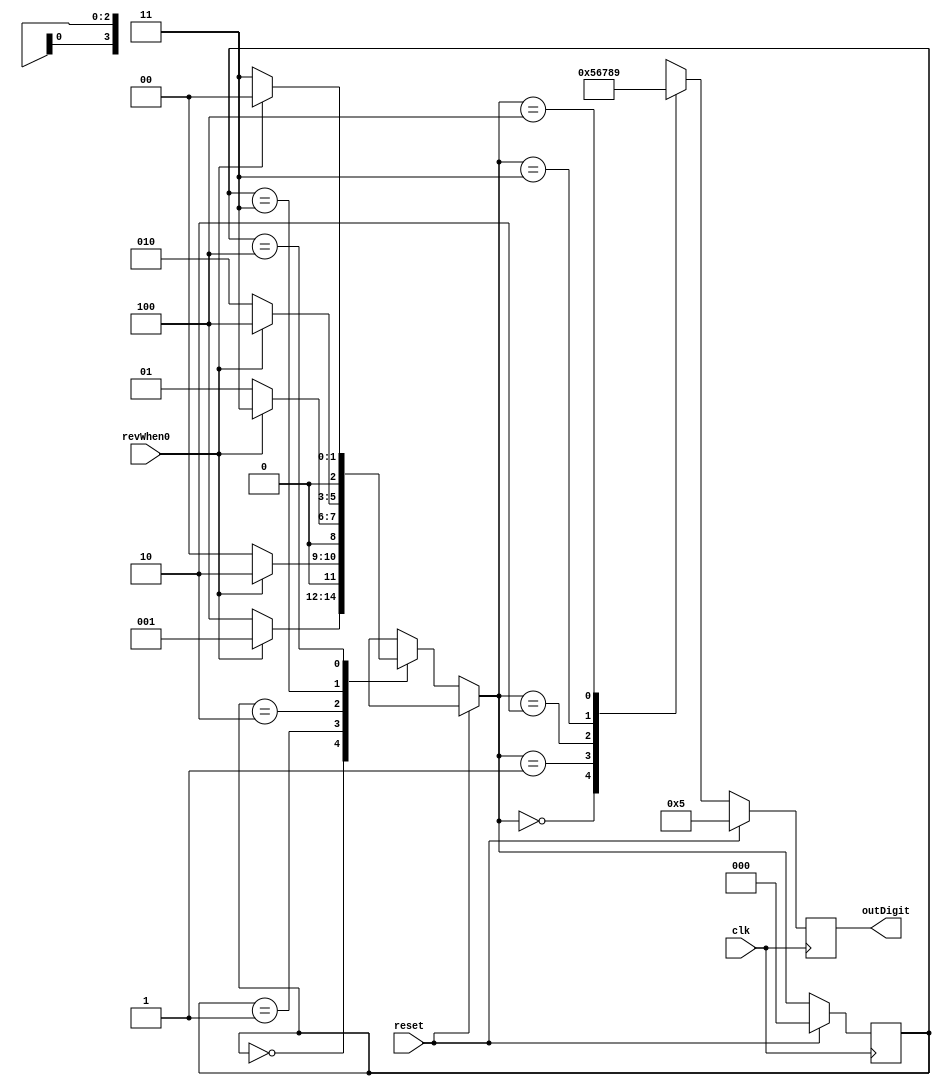
`define s1 3'b000
`define s2 3'b001
`define s3 3'b010
`define s4 3'b011
`define s5 3'b100

module changeStates(
	input clk,
	input revWhen0,
	input reset,
	output reg [3:0] outDigit);

	reg [2:0] stateCurrent;

	always @(posedge clk) begin
		if (reset) begin
			stateCurrent = `s1;						//references Prof's SS5 Code, modified.
			outDigit = 4'd5;
		end
		else begin
			case (stateCurrent)
				`s1: if (revWhen0 == 1)
						stateCurrent = `s2;
					else begin
						stateCurrent = `s5;	
					end
				`s2: if (revWhen0 == 1)
						stateCurrent = `s3;
					else begin
						stateCurrent = `s1;	
					end
				`s3: if (revWhen0 == 1)
						stateCurrent = `s4;
					else begin
						stateCurrent = `s2;	
					end
				`s4: if (revWhen0 == 1)
						stateCurrent = `s5;
					else begin
						stateCurrent = `s3;	
					end
				`s5: if (revWhen0 == 1)
						stateCurrent = `s1;
					else begin
						stateCurrent = `s4;	
					end
				default: stateCurrent = 3'bxxx;
			endcase
			
			case (stateCurrent)
				`s1: outDigit = 4'd5;
				`s2: outDigit = 4'd6;
				`s3: outDigit = 4'd7;
				`s4: outDigit = 4'd8;
				`s5: outDigit = 4'd9;
				default: outDigit = 4'bxxxx;
			endcase		
		end
	end
endmodule